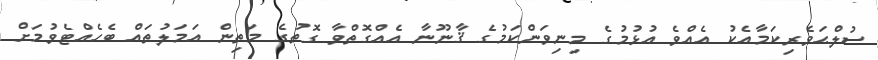
ސުލްޙަވެރިކަމާއެކު އެއްވެ އުޅުމުގެ މިނިވަންކަމުގެ ޤާނޫނާ އެއްގޮތްވާ ގޮތުގެ މަތިން އަމަލުތައް ބެހެއްޓެވުމަށް